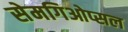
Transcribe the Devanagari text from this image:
सेमगिओप्सल